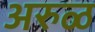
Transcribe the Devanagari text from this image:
अरुळ